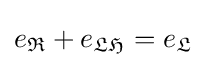
e_{\mathfrak {R}}+e_{\mathfrak {LH}}=e_{\mathfrak {L}}